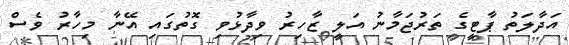
އަދާލަތު ޕާޓީގެ ތަރުޖަމާނު އަލީ ޒާހިރު ވިދާޅުވި ގޮތުގައި އޭނާ މިހާރު ވެސް